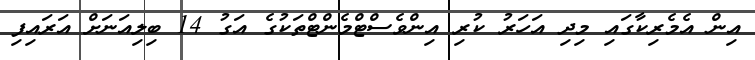
އިން އެމެރިކާގައި މިދި އަހަރު ކުރި އިންވެސްޓްމެންޓްތަކުގެ އަގު 14 ބިލިއަނަށް އަރައިފި